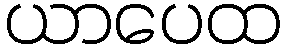
ယာပေထ